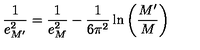
\frac { 1 } { e _ { M ^ { \prime } } ^ { 2 } } = \frac { 1 } { e _ { M } ^ { 2 } } - \frac { 1 } { 6 \pi ^ { 2 } } \ln \left( \frac { M ^ { \prime } } { M } \right)